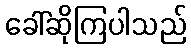
ခေါ်ဆိုကြပါသည်